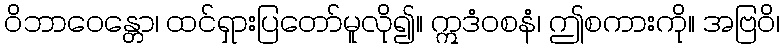
ဝိဘာဝေန္တော၊ ထင်ရှားပြတော်မူလို၍။ ဣဒံဝစနံ၊ ဤစကားကို။ အဗြဝိ၊